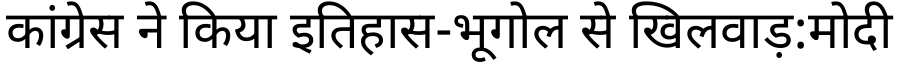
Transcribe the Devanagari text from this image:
कांग्रेस ने किया इतिहास-भूगोल से खिलवाड़:मोदी